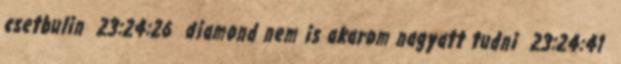
csetbulin 23:24:26 diamond nem is akarom nagyatt tudni 23:24:41